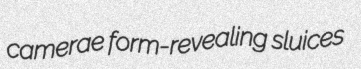
camerae form-revealing sluices